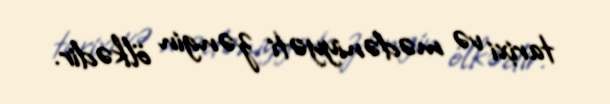
tarixi və mədəniyyəti zəngin ölkədir.